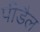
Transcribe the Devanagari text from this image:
पीडैल